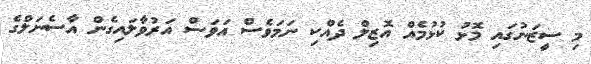
މި ސީޒަނުގައި މޮޅު ކުޅުމެއް އޮޒިލް ދެއްކި ނަމަވެސް އަވަސް އަރުވާލައިގެން އާސެނަލްގެ